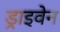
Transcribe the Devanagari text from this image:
ड्राइवेन